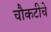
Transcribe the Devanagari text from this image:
चौकटीचे